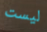
ليست